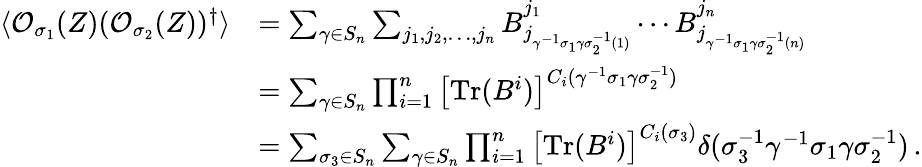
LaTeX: \begin{array}{rl}{\langle\mathcal{O}_{\sigma_{1}}(Z)(\mathcal{O}_{\sigma_{2}}(Z))^{\dagger}\rangle}&{=\sum_{\gamma\in S_{n}}\sum_{j_{1},j_{2},\dots,j_{n}}B_{j_{\gamma^{-1}\sigma_{1}\gamma\sigma_{2}^{-1}(1)}}^{j_{1}}\cdots B_{j_{\gamma^{-1}\sigma_{1}\gamma\sigma_{2}^{-1}(n)}}^{j_{n}}}\\ &{=\sum_{\gamma\in S_{n}}\prod_{i=1}^{n}\left[\mathrm{Tr}(B^{i})\right]^{C_{i}(\gamma^{-1}\sigma_{1}\gamma\sigma_{2}^{-1})}}\\ &{=\sum_{\sigma_{3}\in S_{n}}\sum_{\gamma\in S_{n}}\prod_{i=1}^{n}\left[\mathrm{Tr}(B^{i})\right]^{C_{i}(\sigma_{3})}\delta(\sigma_{3}^{-1}\gamma^{-1}\sigma_{1}\gamma\sigma_{2}^{-1})\, .}\end{array}